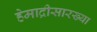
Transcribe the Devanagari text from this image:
हेमाद्रीसारख्या